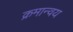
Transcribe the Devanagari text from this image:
क्रमान्वय